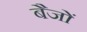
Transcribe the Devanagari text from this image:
बैजों